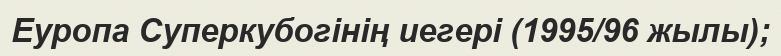
Еуропа Суперкубогінің иегері (1995/96 жылы);